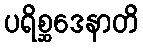
ပရိစ္ဆဒေနာတိ